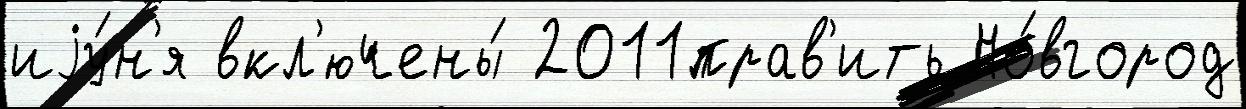
иjу́н'я вкл'ючены́ 2011прав'ить Но́вгород